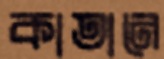
কাতানে